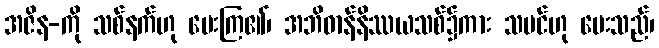
အဇိန-ကို သစ်နက်ဟု ပေးကြ၏၊ အဘိဓာန်နိဿယသစ်၌ကား သမင်ဟု ပေးသည်၊